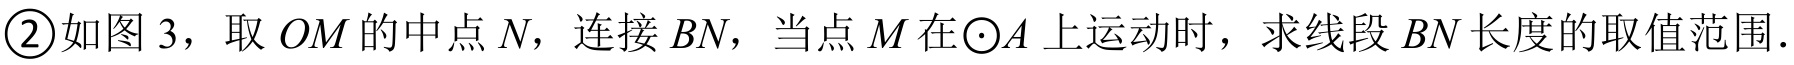
\textcircled{2}如图 3，取 \(OM\) 的中点 \(N\)，连接 \(BN\)，当点 \(M\) 在\(\odot A\)上运动时，求线段 \(BN\) 长度的取值范围.